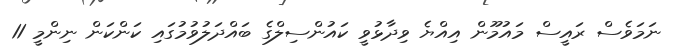
ނަމަވެސް ރައީސް މައުމޫން އިއްޔެ ވިދާޅުވީ ކައުންސިލްގެ ބައްދަލުވުމުގައި ކަންކަން ނިންމީ 11